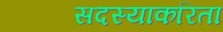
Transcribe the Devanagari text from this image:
सदस्याकरिता